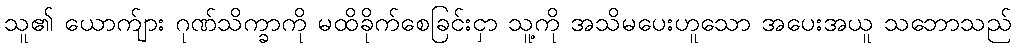
သူ၏ ယောက်ျား ဂုဏ်သိက္ခာကို မထိခိုက်စေခြင်းငှာ သူ့ကို အသိမပေးဟူသော အပေးအယူ သဘောသည်